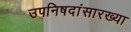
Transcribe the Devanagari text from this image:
उपनिषदांसारख्या